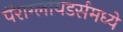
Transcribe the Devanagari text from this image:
पॅराग्लायडर्समध्ये